Kloostri_vallavalitsus, lk 5
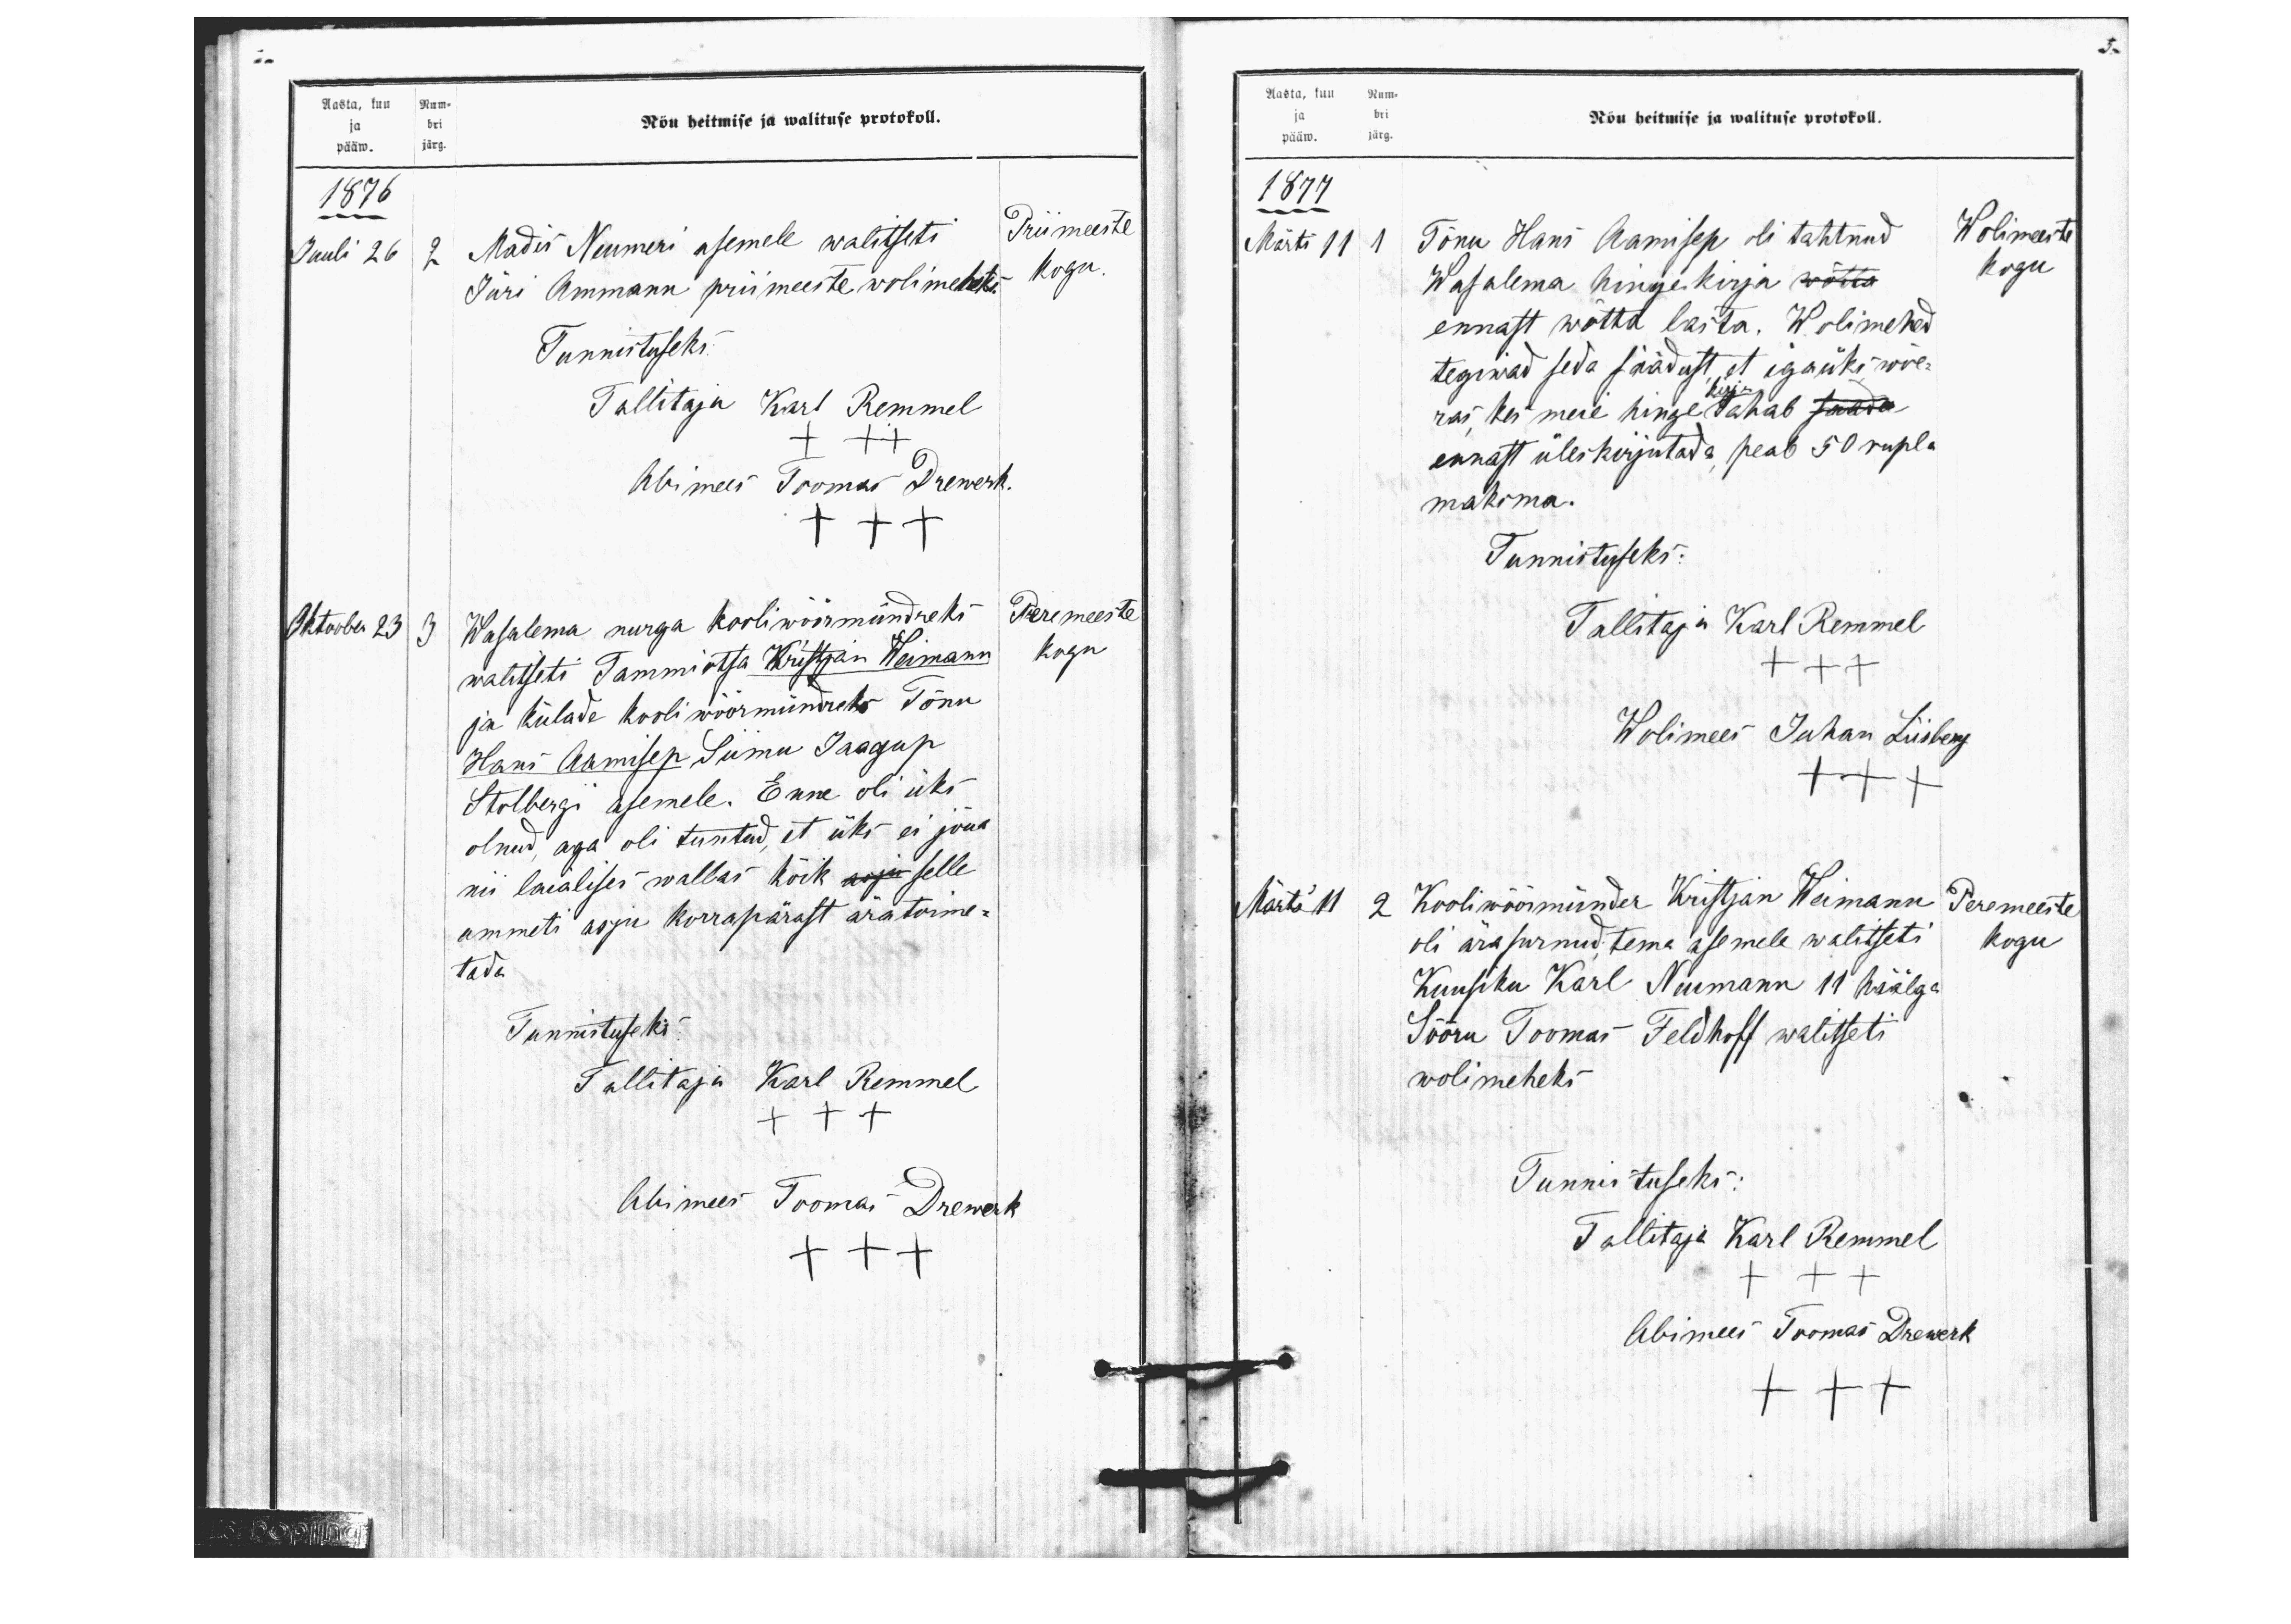
5.

Aasta, kuu Num-
ja bri
pääw. järg.
Nõu heitmise ja walituse protokoll.
1876
Juuli 26
2 Madis Neumeri asemele walitseti
Priimeeste
Jüri Ammann priimeeste wolimeheks
kogu.
Tunnistuseks:
Tallitaja Karl Remmel
+++
Abimees Toomas Drewerk.
+++
Oktoober 23
3. Wasalema nurga kooli wöörmündreks
Peremeeste
walitseti Tammiotsa Kristjan Weimann
kogu
ja külade kooli wöörmündreks Tõnu
Hans Aamisep Sumu Jaagup
Stolbergi Esemele. Enne oli üks
olnud, aga oli tuntud, et üks ei jõua
nii laialises wallas kõik selle
ammeti asju korrapärast ära toime-
tada
Tunnistuseks
Tallitaja Karl Remmel
+++
Abimees Toomas Drewerk
+++

Aasta, kuu Num-
Nõu heitmise ja walituse protokoll.
ja bri
pääw. järg.
1877
Märts 11
1 Tõnu Hans Aamisep oli tahtnud
Wolimeeste
Wasalema hinge kirja wõtta
kogu
ennast wõtta lasta. Wolimehed
tegiwad seda säädust, et igaüks wõe-
kirja
ras kes meie hinge tahab
ennast üleskirjutada, peab 50 rupla
maksma.
Tunnistuseks:
Tallitaja Karl Remmel
+++
Wolimees Juhan Liisberg
+++
Märts 11
2 Kooli wöörmünder Kristjan Weimann
Peremeeste
oli ära surnud tema asemele walitseti
kogu
Kuusiku Karl Neumann 11 häälga
Sõõru Toomas Feldhoff walitseti
wolimeheks
Tunnistuseks:
Tallitaja Karl Remmel
+++
Abimees Toomas Drewerk
+++